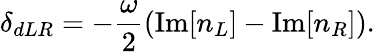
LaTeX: \delta_{dLR}=-\frac{\omega}{2}\left(\mathrm{Im}[n_{L}]-\mathrm{Im}[n_{R}]\right).